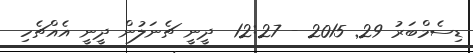
ޑިސެމްބަރު 29